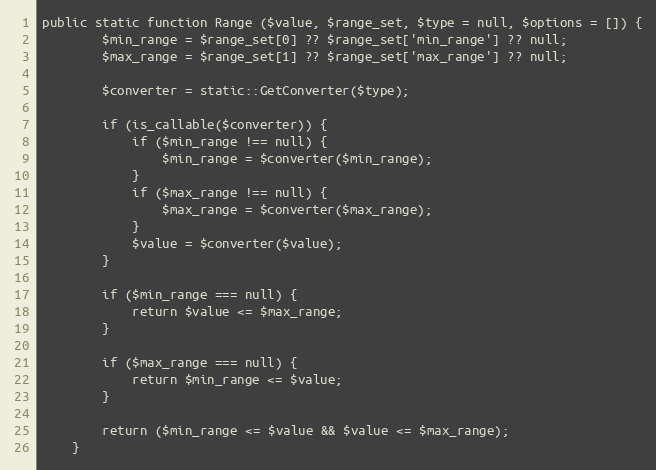
Language: PHP
public static function Range ($value, $range_set, $type = null, $options = []) {
		$min_range = $range_set[0] ?? $range_set['min_range'] ?? null;
		$max_range = $range_set[1] ?? $range_set['max_range'] ?? null;

		$converter = static::GetConverter($type);

		if (is_callable($converter)) {
			if ($min_range !== null) {
				$min_range = $converter($min_range);
			}
			if ($max_range !== null) {
				$max_range = $converter($max_range);
			}
			$value = $converter($value);
		}

		if ($min_range === null) {
			return $value <= $max_range;
		}

		if ($max_range === null) {
			return $min_range <= $value;
		}

		return ($min_range <= $value && $value <= $max_range);
	}